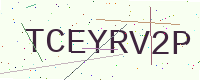
Text: TCEYRV2P